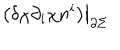
LaTeX: \displaystyle \left. \left( \delta \chi \partial _ { i } \chi n ^ { i } \right) \right| _ { \partial \Sigma }